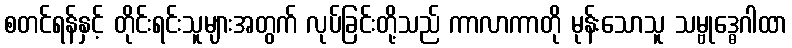
စတင်ရန်နှင့် တိုင်းရင်းသူများအတွက် လုပ်ခြင်းတို့သည် ကာလာကာတို မုန်းသောသူ သမ္ဗုဒ္ဓေဂါထာ